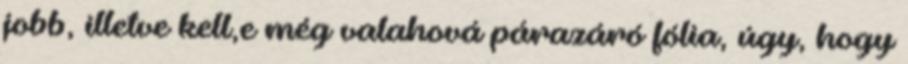
jobb, illetve kell,e még valahová párazáró fólia, úgy, hogy